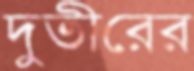
দুতীরের